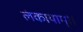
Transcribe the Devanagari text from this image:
लंकायाम्।।